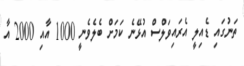
ތަނުގައި ޑެއިލީ އެރައިވަލްސް އުޅޭނެ ކަމަށް ބެލެވެނީ 1000 އާއި 2000 އާ